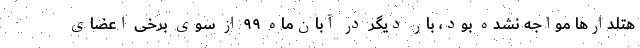
هتلدارها مواجه نشده بود، بار دیگر در آبان‌ماه ۹۹ از سوی برخی اعضای